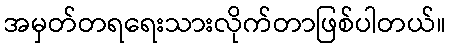
အမှတ်တရရေးသားလိုက်တာဖြစ်ပါတယ်။